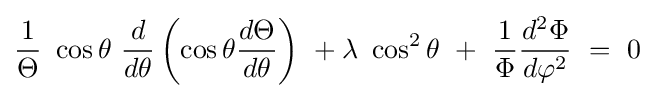
{\frac {1}{\Theta }}\ \cos \theta \ {\frac {d}{d\theta }}\left(\cos \theta {\frac {d\Theta }{d\theta }}\right)\ +\lambda \ \cos ^{2}\theta \ +\ {\frac {1}{\Phi }}{\frac {d^{2}\Phi }{d\varphi ^{2}}}\ =\ 0